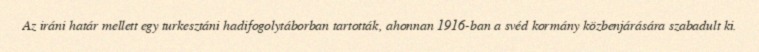
Az iráni határ mellett egy turkesztáni hadifogolytáborban tartották, ahonnan 1916-ban a svéd kormány közbenjárására szabadult ki.